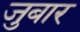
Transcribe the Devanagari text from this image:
जुबार